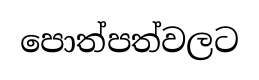
පොත්පත්වලට